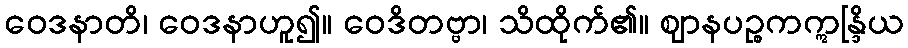
ဝေဒနာတိ၊ ဝေဒနာဟူ၍။ ဝေဒိတဗ္ဗာ၊ သိထိုက်၏။ ဈာနပဉ္စကဣန္ဒြိယ